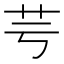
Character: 芌